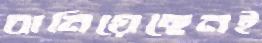
বানিয়েছেনই